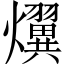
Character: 𤒩